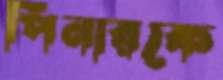
পিনারকে